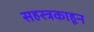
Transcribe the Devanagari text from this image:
सहस्त्रकाहून